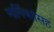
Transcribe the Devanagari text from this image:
मार्गिकांसह